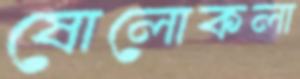
ষোলোকলা